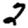
Digit: 2